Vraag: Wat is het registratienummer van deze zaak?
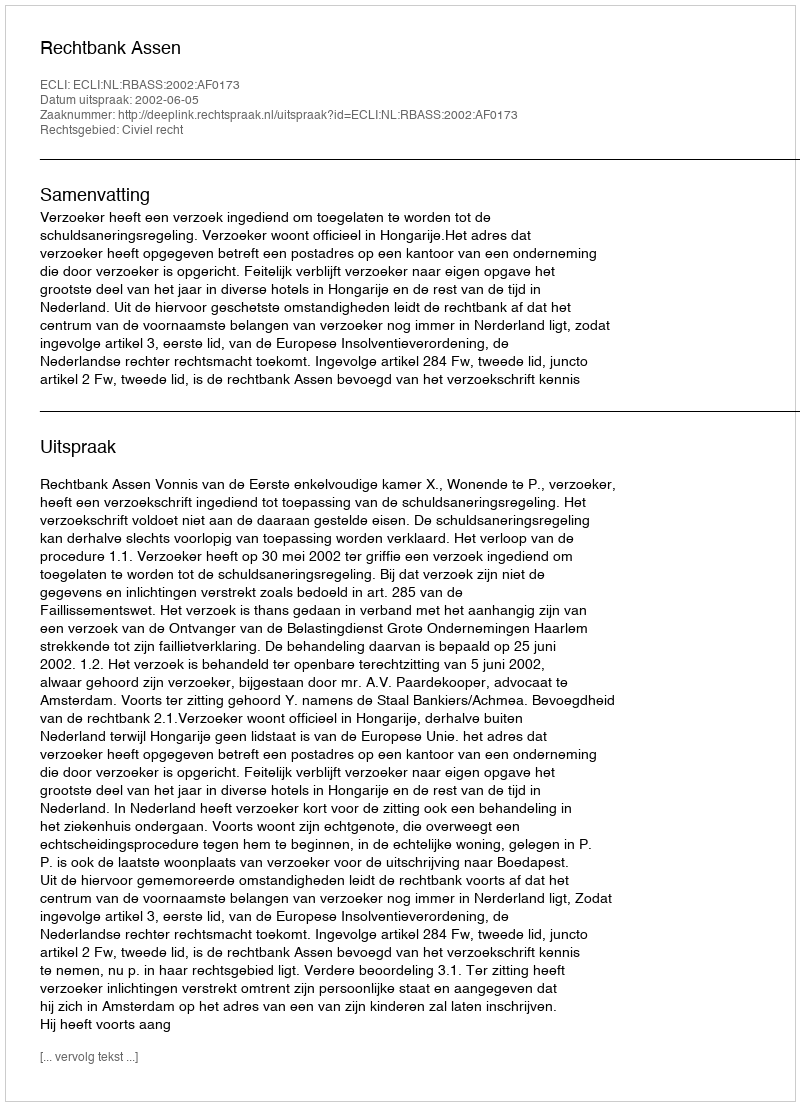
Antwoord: http://deeplink.rechtspraak.nl/uitspraak?id=ECLI:NL:RBASS:2002:AF0173